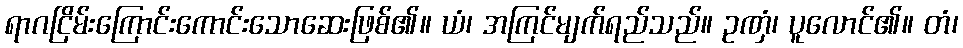
ရာဂငြိမ်းကြောင်းကောင်းသောဆေးဖြစ်၏။ ယံ၊ အကြင်မျက်ရည်သည်။ ဥဏှံ၊ ပူလောင်၏။ တံ၊